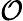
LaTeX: \mathcal{O}